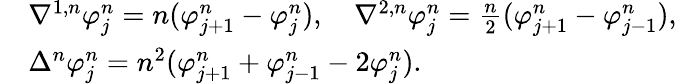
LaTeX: \begin{array}{rl}&{\nabla^{1,n}\varphi_{j}^{n}=n(\varphi_{j+1}^{n}-\varphi_{j}^{n}),\quad\nabla^{2,n}\varphi_{j}^{n}=\frac{n}{2}(\varphi_{j+1}^{n}-\varphi_{j-1}^{n}),}\\ &{\Delta^{n}\varphi_{j}^{n}=n^{2}(\varphi_{j+1}^{n}+\varphi_{j-1}^{n}-2\varphi_{j}^{n}).}\end{array}